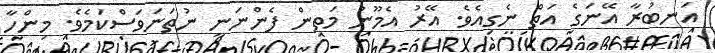
އަނބުރާ އޭނަގެ އަތް ނެގިއެވެ. އޭރު އެމޫނު މަތިން ފެންނަނީ ނުތަނަވަސްކަމެވެ. މިންހާ